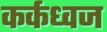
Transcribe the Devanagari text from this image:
कर्कध्वज